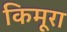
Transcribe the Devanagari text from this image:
किमूरा